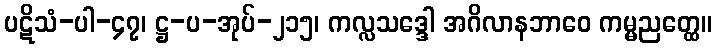
ပဋိသံ-ပါ-၄၇၊ ဋ္ဌ-ပ-အုပ်-၂၁၅၊ ကလ္လသဒ္ဒေါ အဂိလာနဘာဝေ ကမ္မညတ္ထေ။